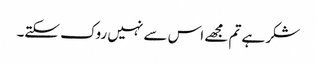
شکر ہے تم مجھے اس سے نہیں روک سکتے۔